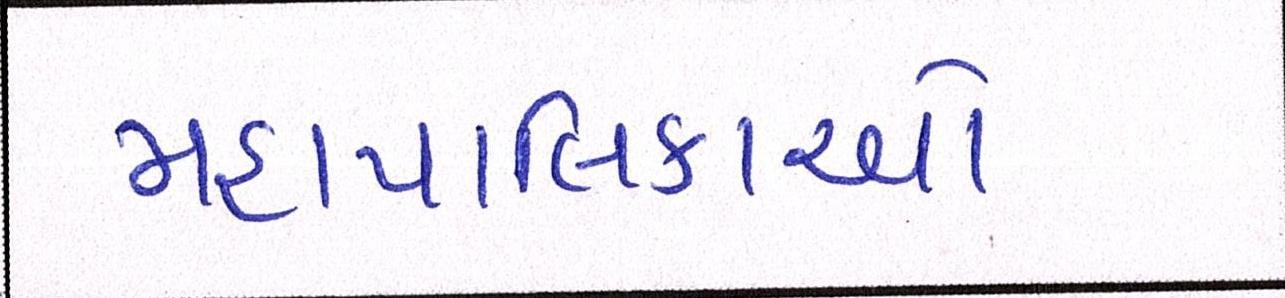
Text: મહાપાલિકાઓ